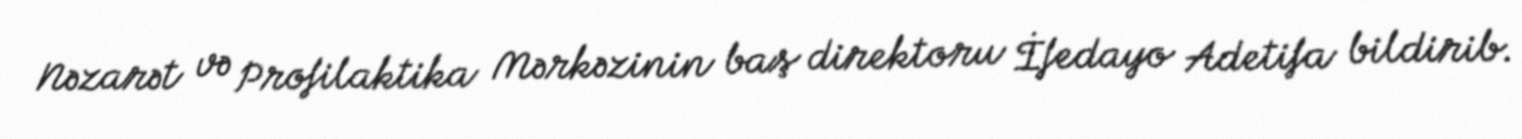
Nəzarət və Profilaktika Mərkəzinin baş direktoru İfedayo Adetifa bildirib.